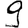
Digit: 9